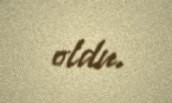
oldu.